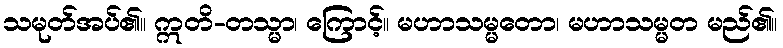
သမုတ်အပ်၏။ ဣတိ-တသ္မာ၊ ကြောင့်။ မဟာသမ္မတော၊ မဟာသမ္မတ မည်၏။